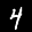
Label: 4